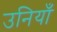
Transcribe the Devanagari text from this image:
उनियाँ